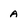
Character: a